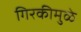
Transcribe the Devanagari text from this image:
गिरकीमुळे